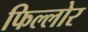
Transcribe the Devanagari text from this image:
फिल्लोर